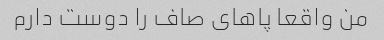
من واقعا پاهای صاف را دوست دارم